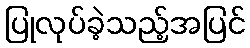
ပြုလုပ်ခဲ့သည့်အပြင်